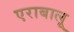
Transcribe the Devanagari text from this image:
एराबालू